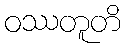
ဝဿတူတိ